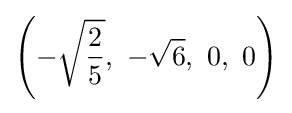
\left(-{\sqrt {2 \over 5}},\ -{\sqrt {6}},\ 0,\ 0\right)